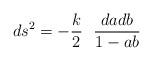
LaTeX: \begin{align*}ds^2=-\frac {k}{2} \ \ \frac {dadb}{1-ab}\end{align*}